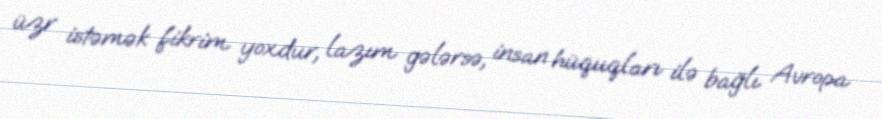
üzr istəmək fikrim yoxdur, lazım gələrsə, insan hüquqları ilə bağlı Avropa